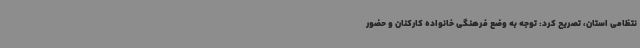
نتظامی استان، تصریح کرد: توجه به وضع فرهنگی خانواده کارکنان و حضور